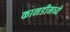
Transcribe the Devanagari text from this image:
कानडीमध्ये